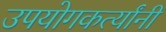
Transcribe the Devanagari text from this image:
उपयोगकर्त्यांनी